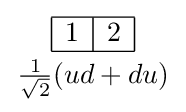
{{\begin{array}{|c|c|}\hline 1&2\\\hline \end{array}} \atop {\frac {1}{\sqrt {2}}}(ud+du)}